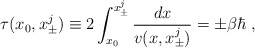
\begin{align*}\tau(x_0,x_{\pm}^j)\equiv 2\int_{x_0}^{x_{\pm}^j}\frac{dx}{v(x,x_{\pm}^j)}=\pm\beta\hbar\;,\end{align*}